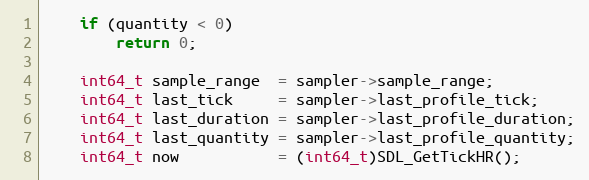
Language: C
    if (quantity < 0)
        return 0;

    int64_t sample_range  = sampler->sample_range;
    int64_t last_tick     = sampler->last_profile_tick;
    int64_t last_duration = sampler->last_profile_duration;
    int64_t last_quantity = sampler->last_profile_quantity;
    int64_t now           = (int64_t)SDL_GetTickHR();